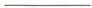
___